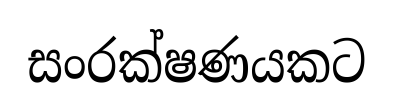
සංරක්ෂණයකට